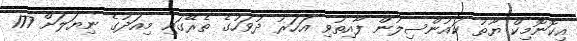
އިކޮނޮމިކް ޔޫތު ކައުންސިލުން ފާއިތުވި އަހަރު ދުވަހުގެ ތެރޭގައި މިއަދުގެ ނިޔަލަށް 177